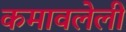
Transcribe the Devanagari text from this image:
कमावलेली